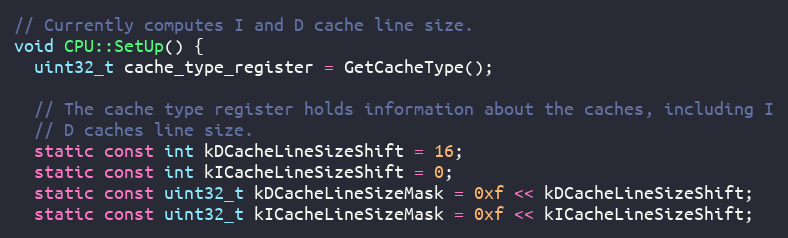
Language: C++
// Currently computes I and D cache line size.
void CPU::SetUp() {
  uint32_t cache_type_register = GetCacheType();

  // The cache type register holds information about the caches, including I
  // D caches line size.
  static const int kDCacheLineSizeShift = 16;
  static const int kICacheLineSizeShift = 0;
  static const uint32_t kDCacheLineSizeMask = 0xf << kDCacheLineSizeShift;
  static const uint32_t kICacheLineSizeMask = 0xf << kICacheLineSizeShift;